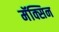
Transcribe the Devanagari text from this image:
मॅक्सिन